Document type: Sale
Year: 1275
Scribe: Salvador de Baiona
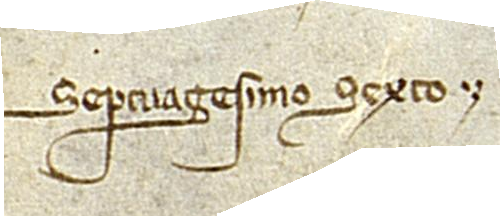
septuagesimo sexto.